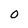
Character: O